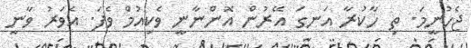
ޖެހުނީމަ. ތި ހާކުރާ އަނގަ އޭރުން އޮންނާނީ ވެކިއުމް ވެފަ. އެވަރު ވާނީ